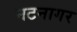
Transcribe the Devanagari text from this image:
नटनागर